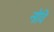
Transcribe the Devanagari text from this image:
नोवि